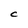
Character: C